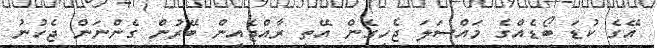
އޭގެ ކުޑަ ބޯޑެއްގެ މައްސަލަ ޖެހިގެން އޭތި ރާއްޖެއިން ބޭރުން ގެންނަން ޖެހުނު